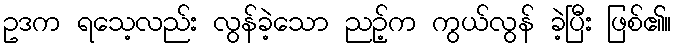
ဥဒက ရသေ့လည်း လွန်ခဲ့သော ညဉ့်က ကွယ်လွန် ခဲ့ပြီး ဖြစ်၏။